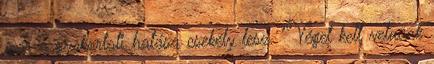
már a gyakorlati hatása csekély lesz. "Véget kell vetnünk